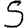
Digit: 5